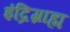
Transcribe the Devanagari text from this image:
इंद्रिग्राह्म